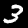
Label: 3